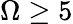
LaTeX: \Omega\geq 5